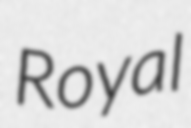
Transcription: Royal